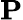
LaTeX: \textbf{P}